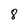
Character: 8